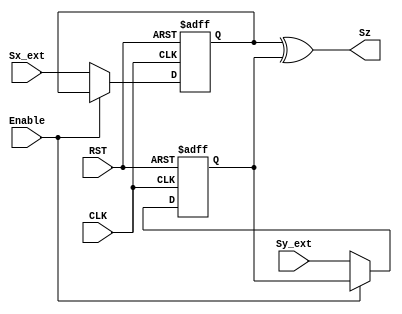
module sign (
input  	wire 			CLK,RST,Enable,
input 	wire 	     	Sx_ext,Sy_ext,
output 	wire 		    Sz
);

reg 	     	Sx,Sy;

assign Sz = Sx ^ Sy ;

always @ (posedge CLK or negedge RST )
	begin
	if (!RST) 
		begin
			Sx <= 0;
			Sy <= 0;
		end
		
	else if (!Enable)
		begin
			Sx <= Sx_ext;
			Sy <= Sy_ext;
		end			
	end
	


endmodule